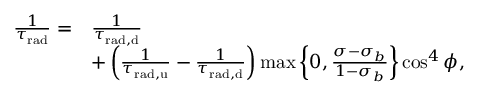
\begin{array} { r l } { \frac { 1 } { \tau _ { \mathrm { r a d } } } = } & { \frac { 1 } { \tau _ { \mathrm { { r a d } , { d } } } } } \\ & { + \left( \frac { 1 } { \tau _ { \mathrm { { r a d } , { u } } } } - \frac { 1 } { \tau _ { \mathrm { { r a d } , { d } } } } \right) \operatorname* { m a x } \left\{ 0 , \frac { \sigma - \sigma _ { b } } { 1 - \sigma _ { b } } \right\} \cos ^ { 4 } \phi , } \end{array}